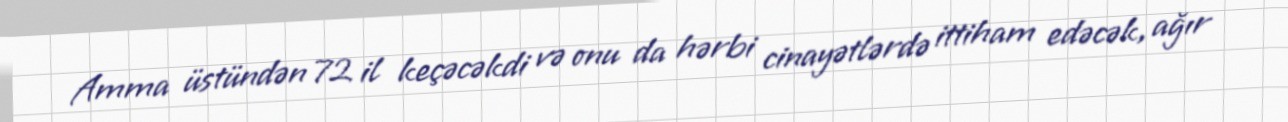
Amma üstündən 72 il keçəcəkdi və onu da hərbi cinayətlərdə ittiham edəcək, ağır